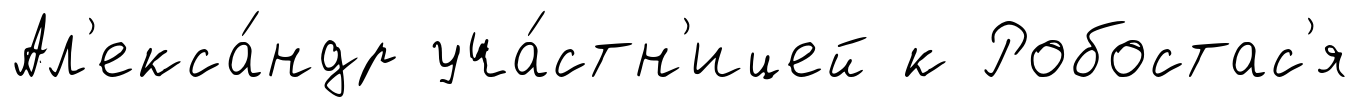
Ал'екса́ндр уча́стн'ицей к Робостас'я